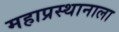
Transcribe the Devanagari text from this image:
महाप्रस्थानाला